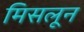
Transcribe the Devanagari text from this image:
मिसलून